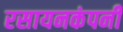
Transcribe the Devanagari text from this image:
रसायनकंपनी